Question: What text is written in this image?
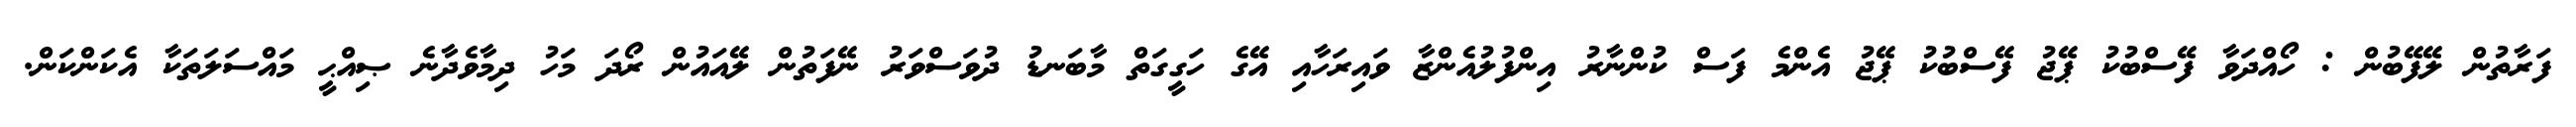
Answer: ފަރާތުން ލޭފޭބުން : ހޯއްދަވާ ފޭސްބުކު ޕޭޖު ފޭސްބުކު ޕޭޖު އެންމެ ފަސް ކުންނާރު އިންފުލުއެންޒާ ވައިރަހާއި އޭގެ ހަގީގަތް މާބަނޑު ދުވަސްވަރު ނޭފަތުން ލޭއައުން ރޯދަ މަހު ދިމާވެދާނެ ޞިއްޙީ މައްސަލަތަކާ އެކަންކަން.